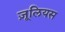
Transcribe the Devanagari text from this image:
ज़ूलियस